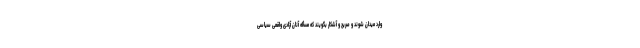
وارد میدان شوند و صریح و آشکار بگویند که مسأله آنان آزادی واقعی سیاسی